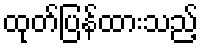
ထုတ်ပြန်ထားသည့်